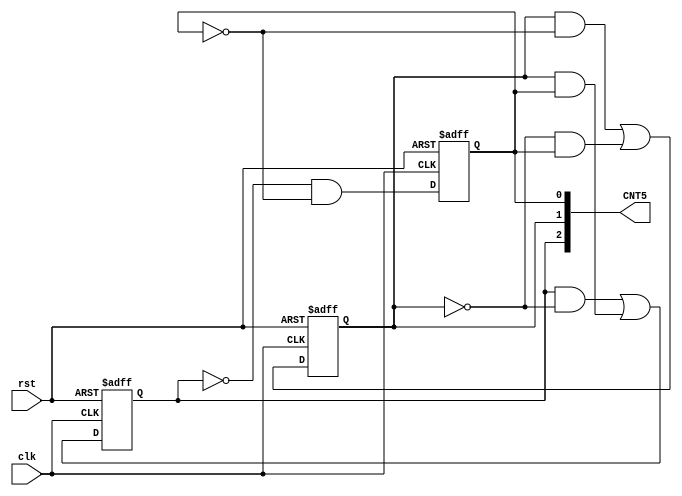
// Copyright (C) 2020  Intel Corporation. All rights reserved.
// Your use of Intel Corporation's design tools, logic functions 
// and other software and tools, and any partner logic 
// functions, and any output files from any of the foregoing 
// (including device programming or simulation files), and any 
// associated documentation or information are expressly subject 
// to the terms and conditions of the Intel Program License 
// Subscription Agreement, the Intel Quartus Prime License Agreement,
// the Intel FPGA IP License Agreement, or other applicable license
// agreement, including, without limitation, that your use is for
// the sole purpose of programming logic devices manufactured by
// Intel and sold by Intel or its authorized distributors.  Please
// refer to the applicable agreement for further details, at
// https://fpgasoftware.intel.com/eula.

// PROGRAM		"Quartus Prime"
// VERSION		"Version 20.1.1 Build 720 11/11/2020 SJ Lite Edition"
// CREATED		"Wed Dec 22 17:48:44 2021"

module countFour(
	clk,
	rst,
	CNT5
);


input wire	clk;
input wire	rst;
output wire	[2:0] CNT5;

reg	[2:0] CNT_ALTERA_SYNTHESIZED5;
wire	SYNTHESIZED_WIRE_0;
wire	SYNTHESIZED_WIRE_1;
wire	SYNTHESIZED_WIRE_2;
wire	SYNTHESIZED_WIRE_3;
wire	SYNTHESIZED_WIRE_12;
wire	SYNTHESIZED_WIRE_5;
wire	SYNTHESIZED_WIRE_6;
wire	SYNTHESIZED_WIRE_13;
wire	SYNTHESIZED_WIRE_9;
wire	SYNTHESIZED_WIRE_10;





always@(posedge clk or negedge rst)
begin
if (!rst)
	begin
	CNT_ALTERA_SYNTHESIZED5[2] <= 0;
	end
else
	begin
	CNT_ALTERA_SYNTHESIZED5[2] <= SYNTHESIZED_WIRE_0;
	end
end


always@(posedge clk or negedge rst)
begin
if (!rst)
	begin
	CNT_ALTERA_SYNTHESIZED5[1] <= 0;
	end
else
	begin
	CNT_ALTERA_SYNTHESIZED5[1] <= SYNTHESIZED_WIRE_1;
	end
end


always@(posedge clk or negedge rst)
begin
if (!rst)
	begin
	CNT_ALTERA_SYNTHESIZED5[0] <= 0;
	end
else
	begin
	CNT_ALTERA_SYNTHESIZED5[0] <= SYNTHESIZED_WIRE_2;
	end
end

assign	SYNTHESIZED_WIRE_10 = CNT_ALTERA_SYNTHESIZED5[1] & CNT_ALTERA_SYNTHESIZED5[0];

assign	SYNTHESIZED_WIRE_2 = SYNTHESIZED_WIRE_3 & SYNTHESIZED_WIRE_12;

assign	SYNTHESIZED_WIRE_12 =  ~CNT_ALTERA_SYNTHESIZED5[0];

assign	SYNTHESIZED_WIRE_3 =  ~CNT_ALTERA_SYNTHESIZED5[2];

assign	SYNTHESIZED_WIRE_1 = SYNTHESIZED_WIRE_5 | SYNTHESIZED_WIRE_6;

assign	SYNTHESIZED_WIRE_6 = SYNTHESIZED_WIRE_13 & CNT_ALTERA_SYNTHESIZED5[0];

assign	SYNTHESIZED_WIRE_5 = CNT_ALTERA_SYNTHESIZED5[1] & SYNTHESIZED_WIRE_12;

assign	SYNTHESIZED_WIRE_0 = SYNTHESIZED_WIRE_9 | SYNTHESIZED_WIRE_10;

assign	SYNTHESIZED_WIRE_9 = CNT_ALTERA_SYNTHESIZED5[2] & SYNTHESIZED_WIRE_13;

assign	SYNTHESIZED_WIRE_13 =  ~CNT_ALTERA_SYNTHESIZED5[1];

assign	CNT5 = CNT_ALTERA_SYNTHESIZED5;

endmodule